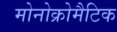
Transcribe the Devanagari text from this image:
मोनोक्रोमैटिक